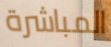
المباشرة